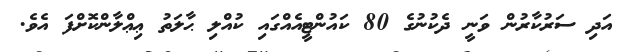
އަދި ސަރުކާރުން ވަނީ ދެކުނުގެ 80 ކައުންޓީއެއްގައި ކުއްލި ޙާލަތު ޢިޢްލާންކޮށްފަ އެވެ.